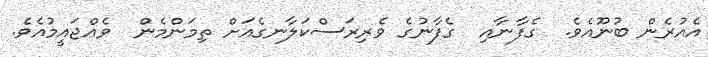
އެއުރެން ބުނޫއެވެ.  ގެފާނާއި  ގެފާނުގެ ވެރިރަސްކަލާނގެއަށް ތިމަންމެން  ވެއްޖައީމުއެވެ.